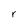
Character: r